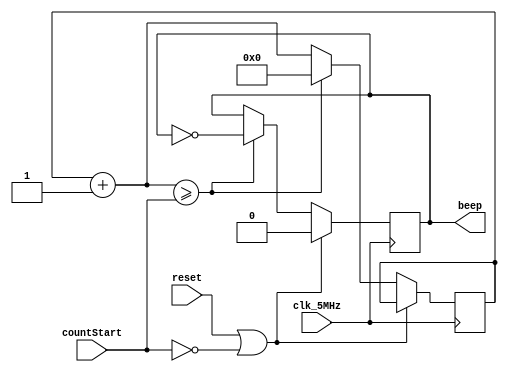
`timescale 1ns / 1ps

module PWMcontroller(
        clk_5MHz,
        countStart,
        reset,
        beep
    );
    
input clk_5MHz;
input [13:0] countStart;
input reset;
output reg beep;


reg beep_r;
reg [13:0] count;  

initial begin
    count = 0;
end
  
// write your code here
// you can also modify other parts.

always @(posedge clk_5MHz)
begin  
    if (reset || countStart == 0)
    begin
        beep = 0;
    end 
    else
    begin
        count = count + 1;
        if (count >= countStart)
        begin
            beep = ~beep;
            count = 0;
        end
    end
end 

endmodule